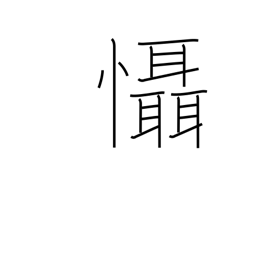
Meaning: fear